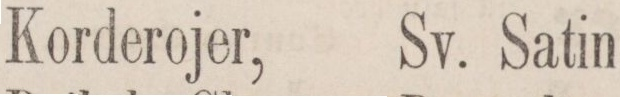
Korderojer,    Sv. Satin,